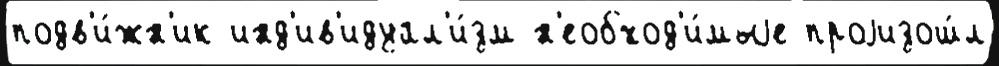
подв'и́жн'ик инд'ив'идуал'и́зм н'еобход'и́мыjе проjизош́л